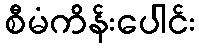
စီမံကိန်းပေါင်း